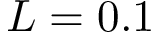
L = 0 . 1